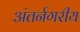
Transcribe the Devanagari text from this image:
अंतर्नगरीय